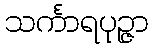
သင်္ကာရပုဉ္ဇာ